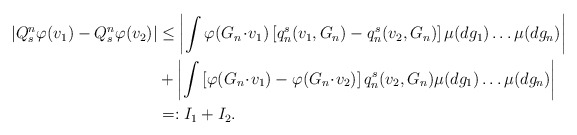
\begin{align*} |Q_s^n \varphi(v_1) - Q_s^n \varphi(v_2)| & \leq \left| \int \varphi( G_n \!\cdot\! v_1) \left[ q_{n}^{s}(v_1,G_n)- q_{n}^{s}(v_2,G_n) \right] \mu(dg_1) \ldots \mu(dg_n)\right| \\& + \left| \int \left[ \varphi( G_n\! \cdot\! v_1)- \varphi( G_n\! \cdot\! v_2) \right] q_{n}^{s}(v_2,G_n) \mu(dg_1) \ldots \mu(dg_n) \right| \\& =: I_1+I_2. \end{align*}